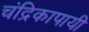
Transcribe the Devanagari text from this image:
चंद्रिकापायी